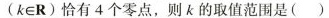
(k∈R)恰有4个零点，则k的取值范围是( )